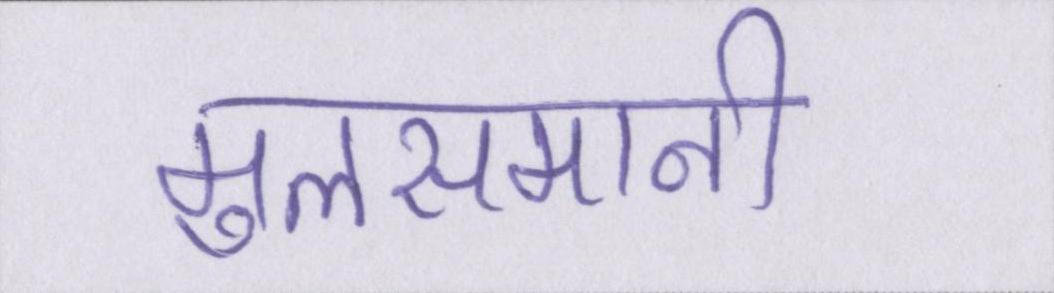
मुलसमानी